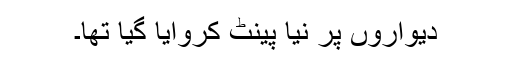
دیواروں پر نیا پینٹ کروایا گیا تھا۔